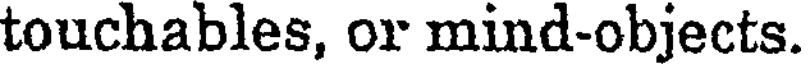
touchables, or mind-objects.